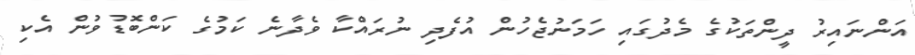
އަންނައިރު ދީންތަކުގެ މެދުގައި ހަމަނުޖެހުން އުފެދި ނުރައްކާ ވެދާނެ ކަމުގެ ކަންބޮޑުވުން އެކި